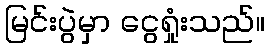
မြင်းပွဲမှာ ငွေရှုံးသည်။